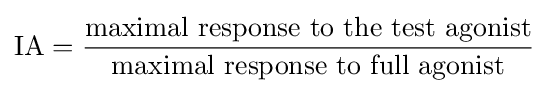
\mathrm {IA} ={\frac {\text{maximal response to the test agonist}}{\text{maximal response to full agonist}}}